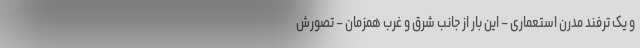
و یک ترفند مدرن استعماری – این بار از جانب شرق و غرب همزمان – تصورش